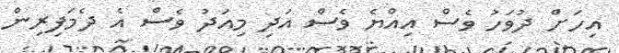
އިހަށް ދުވަހު ވެސް އިއްޔެ ވެސް އަދި މިއަދު ވެސް އެ ދެމަފިރިން